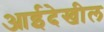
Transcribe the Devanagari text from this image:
आईदेखील